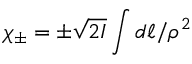
\chi _ { \pm } = \pm \sqrt { 2 I } \int d \ell / \rho ^ { 2 }